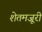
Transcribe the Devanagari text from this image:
शेतमजूरी